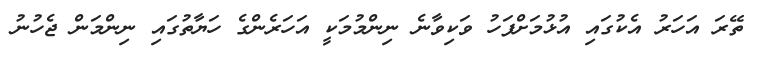
ތޭރަ އަހަރު އެކުގައި އުޅުމަށްފަހު ވަކިވާނެ ނިންމުމަކީ އަހަރެންގެ ހަޔާތުގައި ނިންމަން ޖެހުނު